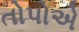
તોપોએ